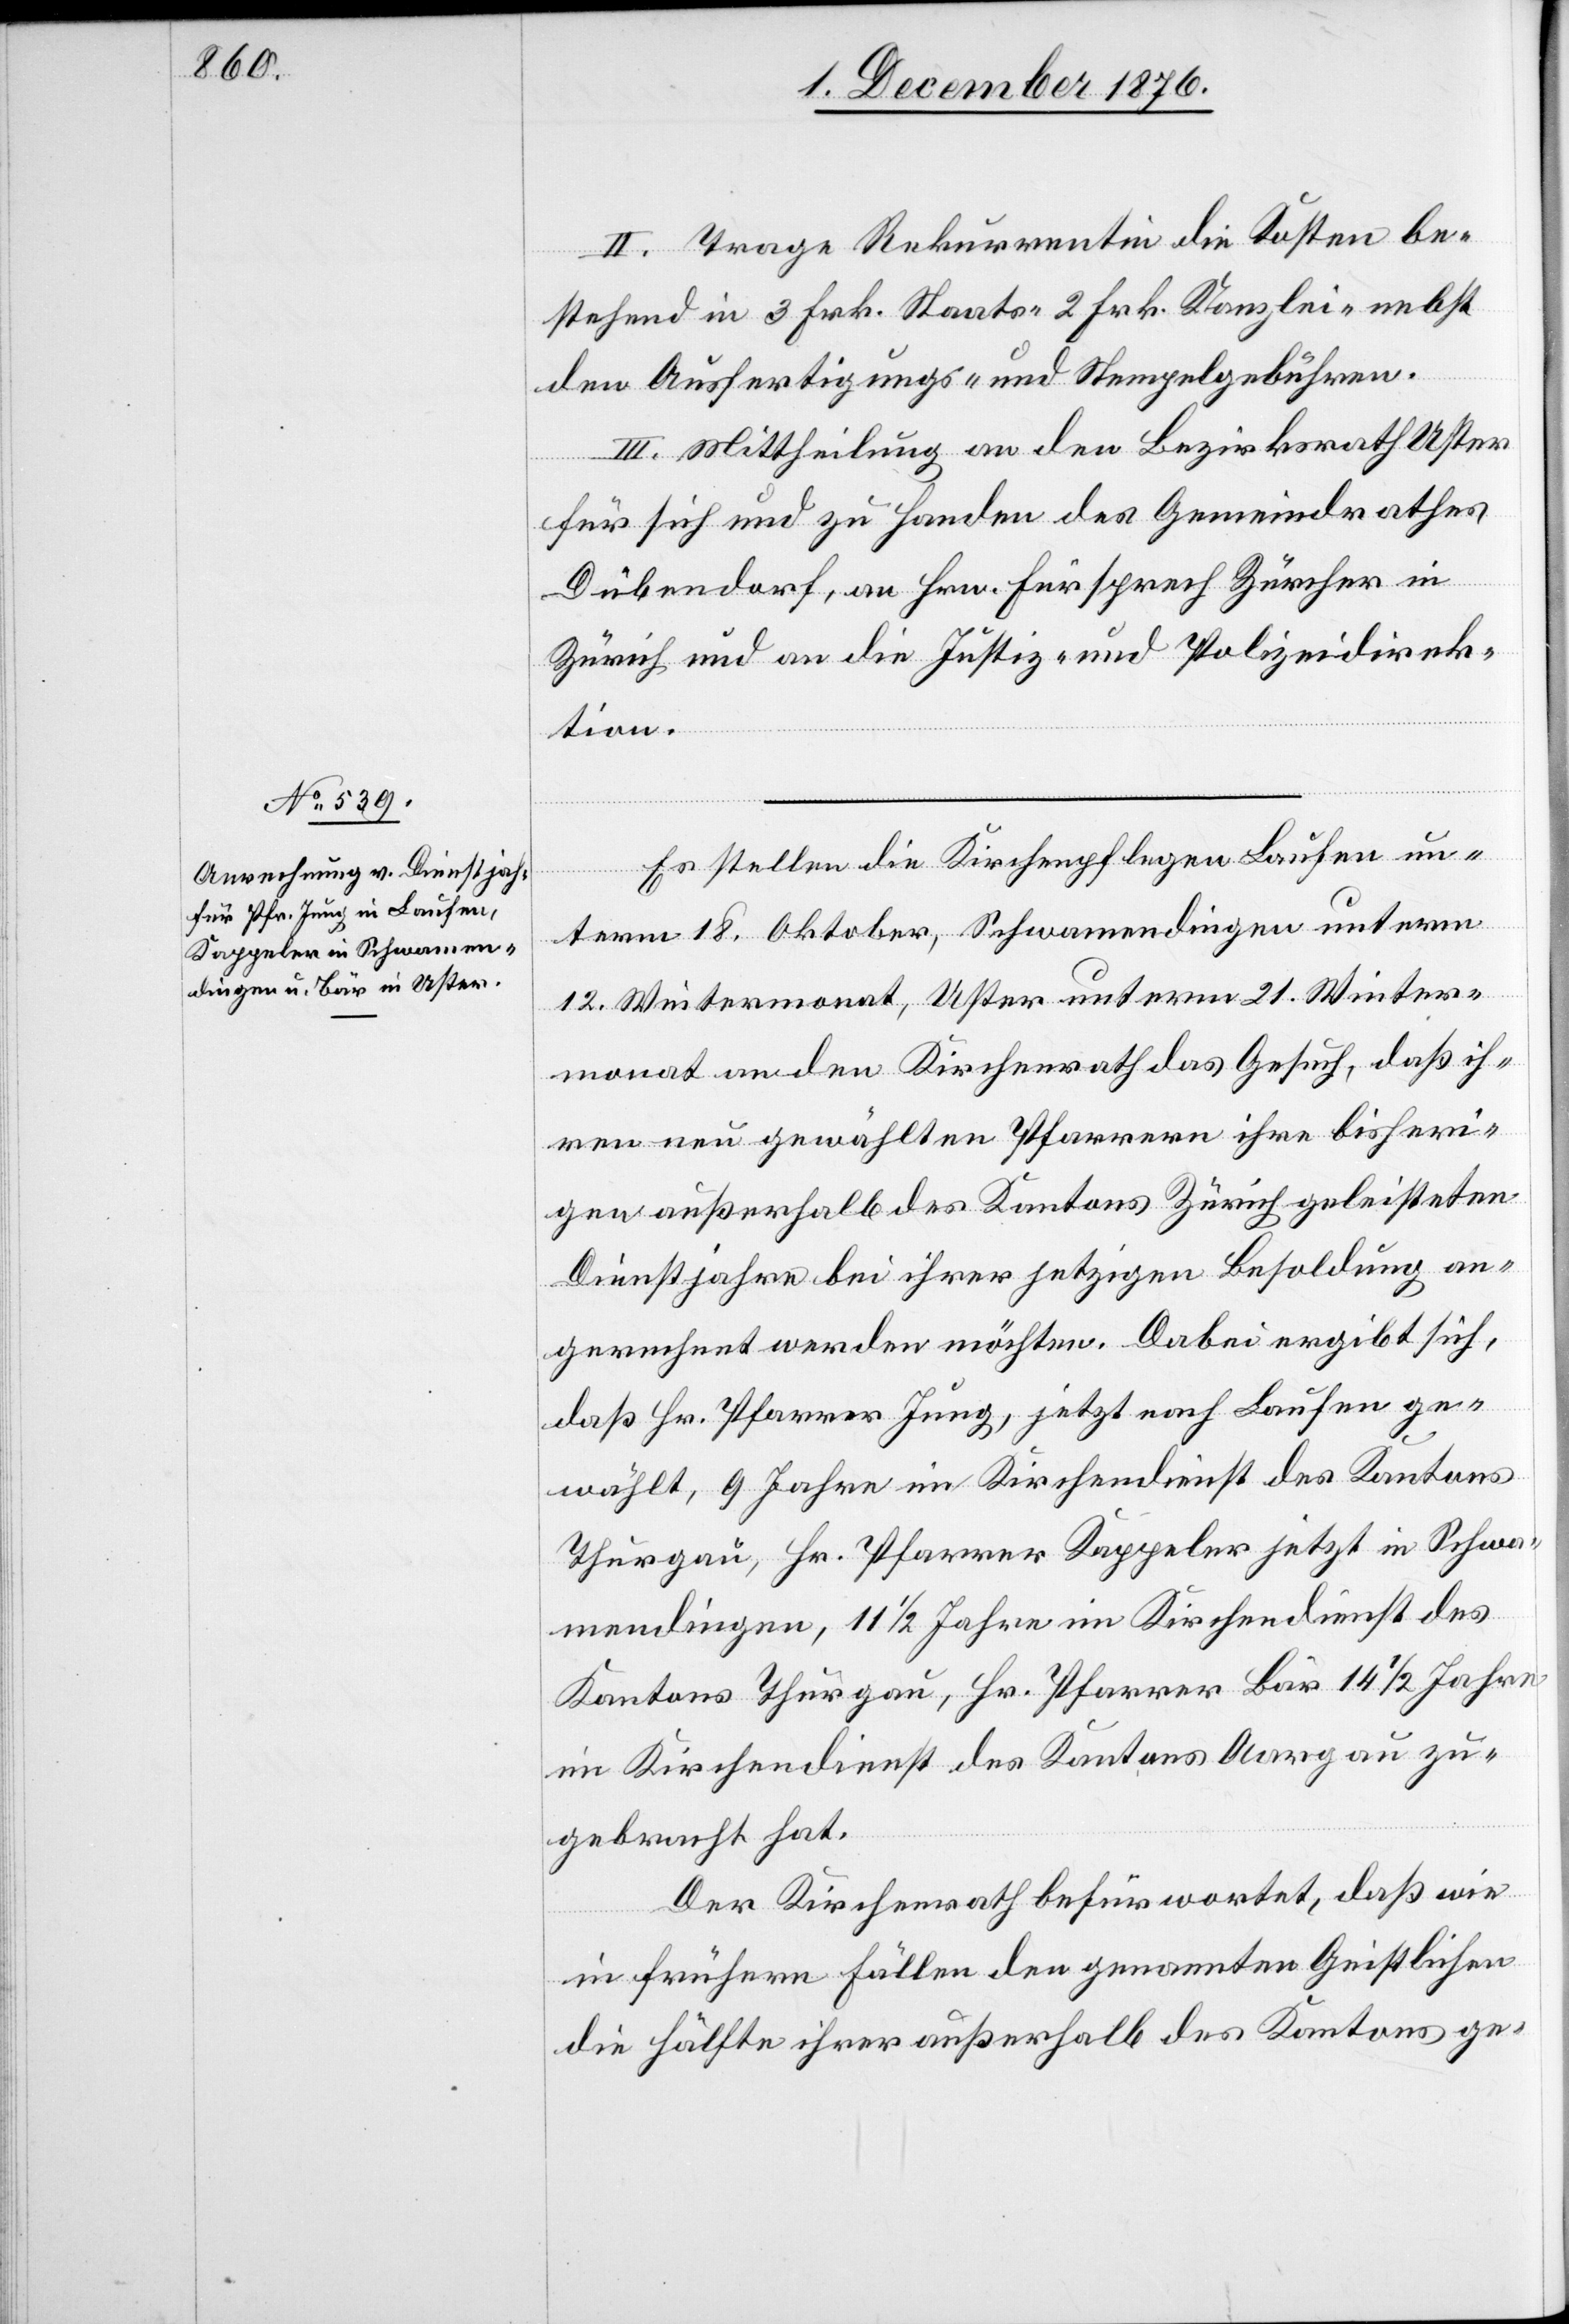
II. Trage Rekurrentin die Kosten be¬
stehend in 3 Frk. Staats- 2 Frk. Kanzlei- nebst
den Ausfertigungs- und Stempelgebühren.
III. Mittheilung an den Bezirksrath Uster
für sich und zu Handen des Gemeindrathes
Dübendorf, an Hrn. Fürsprech Zürcher in
Zürich und an die Justiz- und Polizeidirek¬
tion.
Es stellen die Kirchenpflegen Laufen un¬
term 18. Oktober, Schwamendingen unterm
12. Wintermonat, Uster unterm 21. Winter¬
monat an den Kirchenrath das Gesuch, daß ih¬
ren neu gewählten Pfarrern ihre bisheri¬
gen außerhalb des Kantons Zürich geleisteten
Dienstjahre bei ihrer jetzigen Besoldung an¬
gerechnet werden möchten. Dabei ergibt sich,
daß Hr. Pfarrer Jung, jetzt nach Laufen ge¬
wählt, 9 Jahre im Kirchendienst des Kantons
Thurgau, Hr. Pfarrer Kappeler jetzt in Schwa¬
mendingen, 11 1/2 Jahre im Kirchendienst des
Kantons Thurgau, Hr. Pfarrer Bär 14 1/2 Jahre
im Kirchendienst des Kantons Aargau zu¬
gebracht hat.
Der Kirchenrath befürwortet, daß wie
in frühern Fällen den genannten Geistlichen
die Hälfte ihrer außerhalb des Kantons ge-